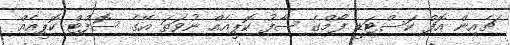
ޗެއިން އޮފް ކަސްޓަޑީ ފޯމްގެ ސާފު ކޮޕީއެއް ނުވަތަ އޭގެ ސޮފްޓް ކޮޕީއެއް